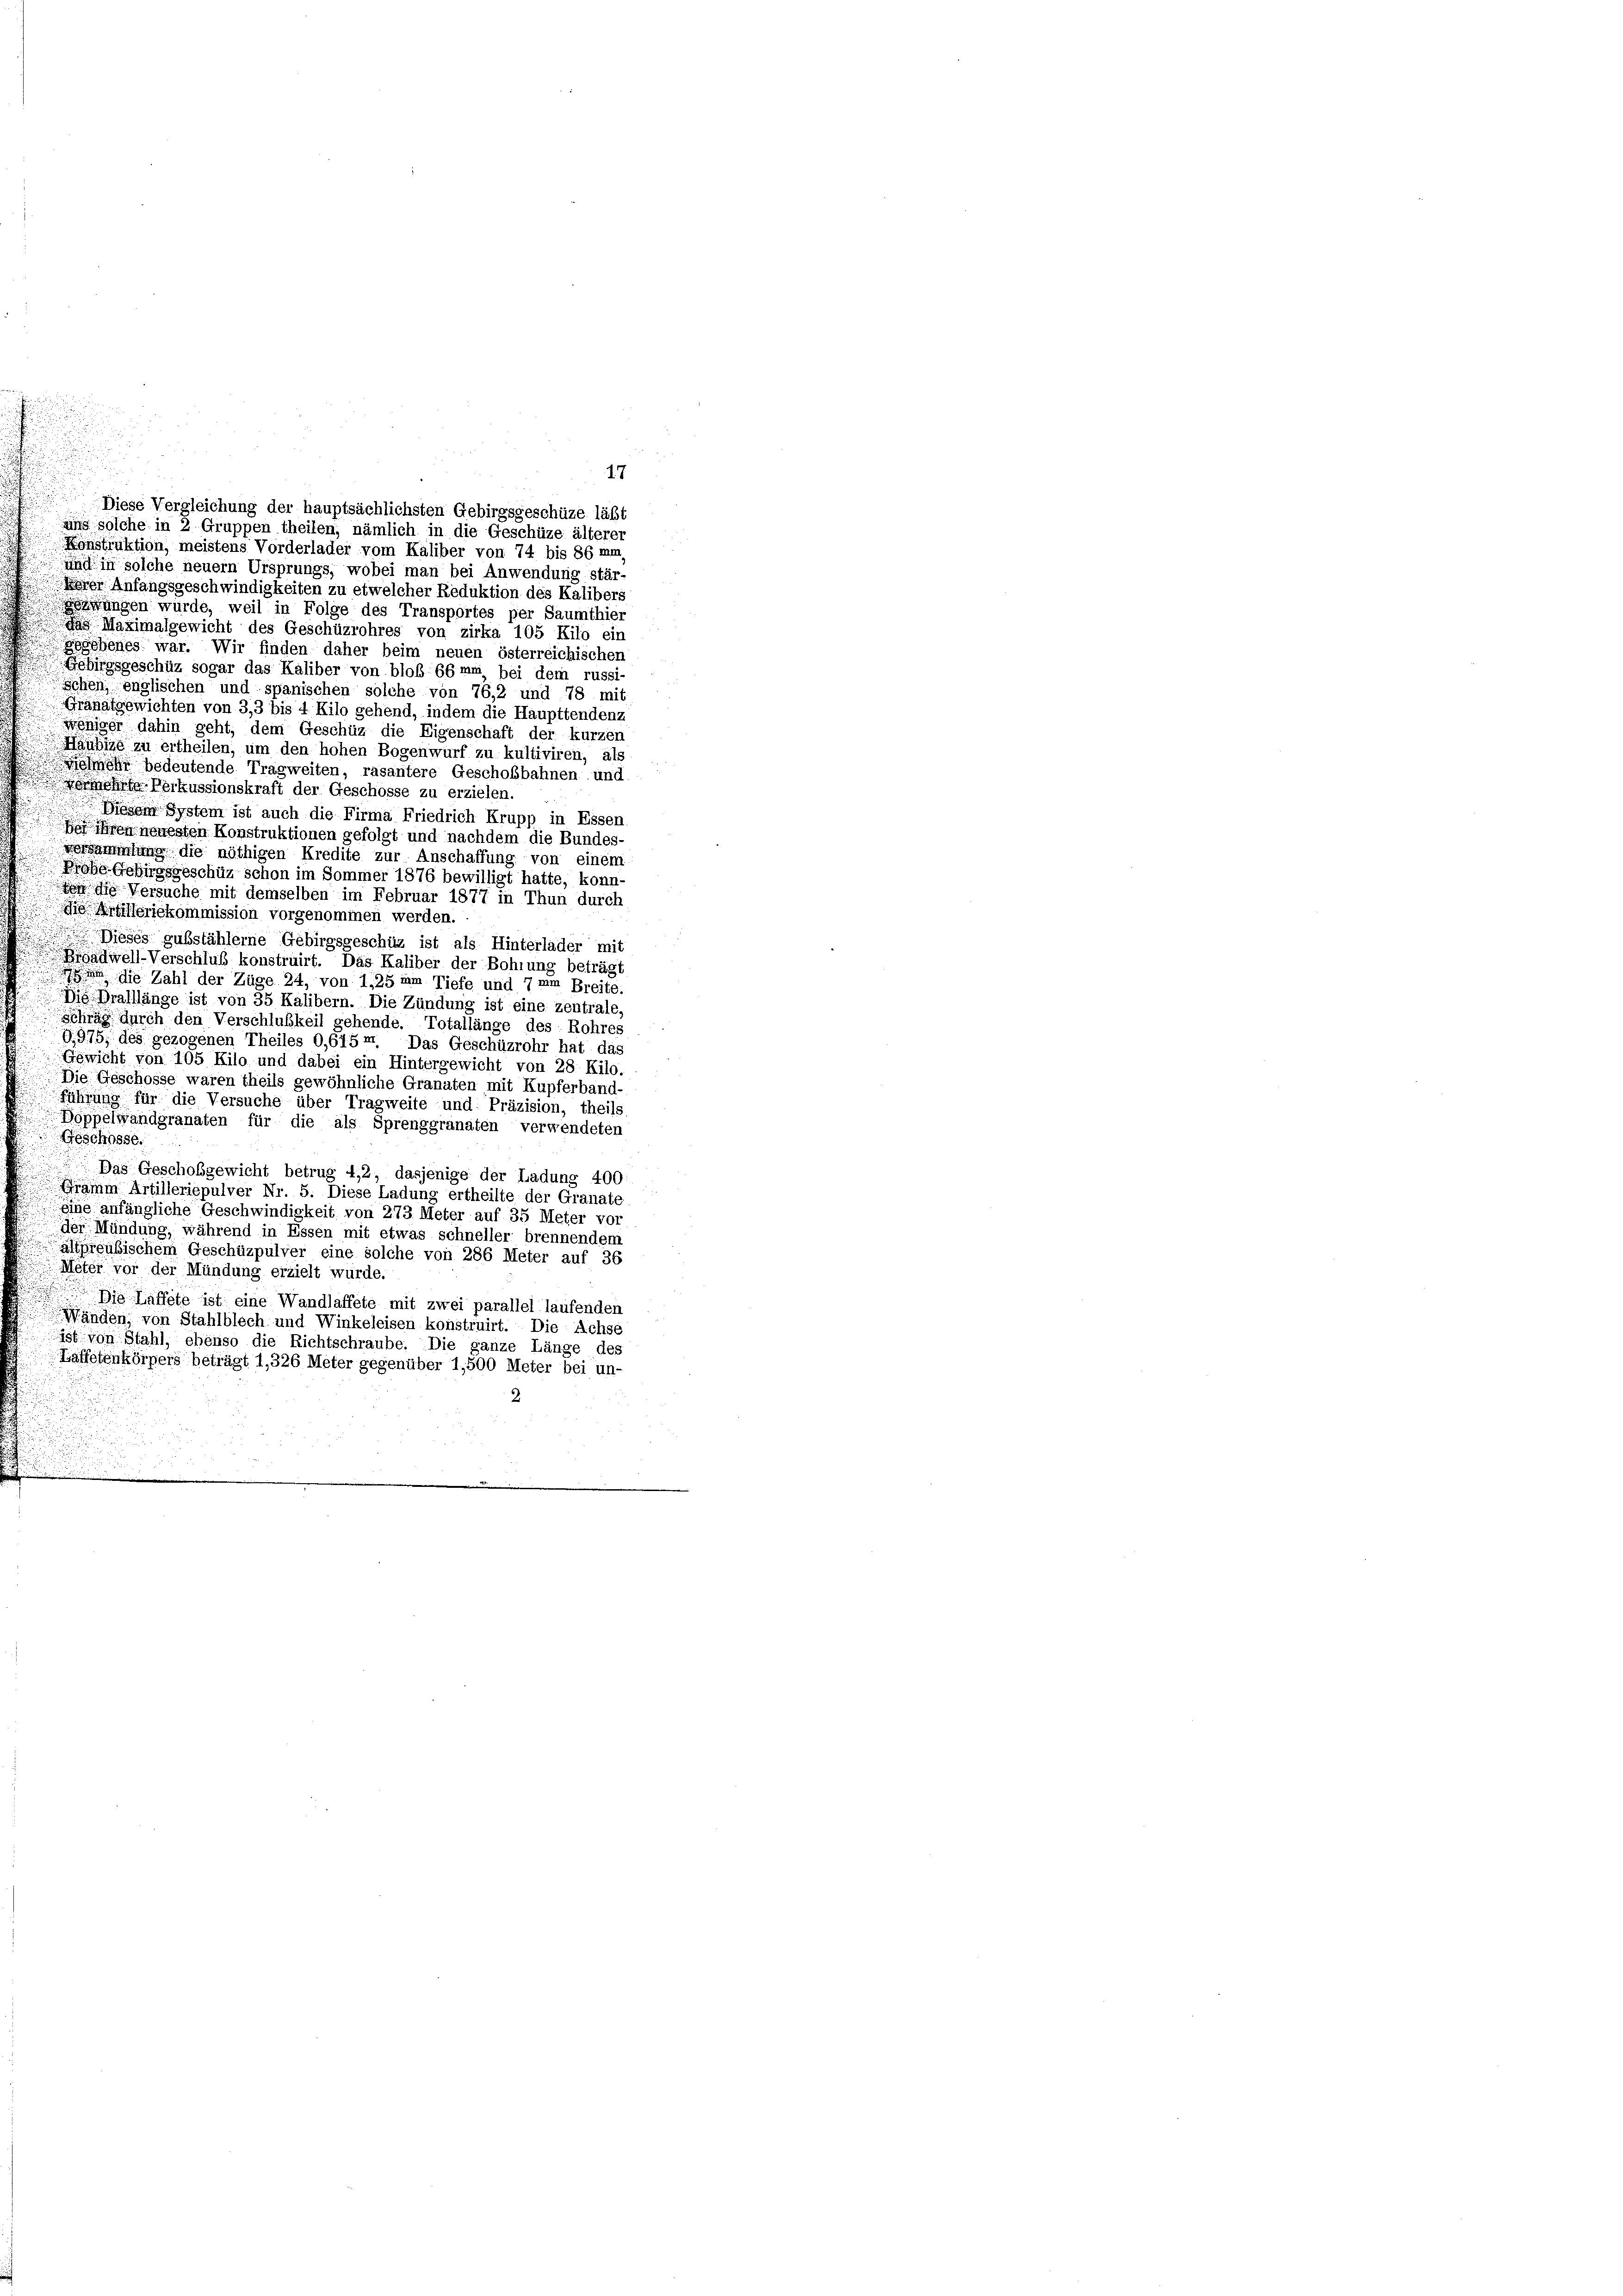
Konstruktion, meistens Vorderlader vom Käliber von 74 bis 86 mm
und in solche neuern Ursprungs, wobei man bei Anwendung stär-
Perer Anfangsgeschwindigkeiten zu etwelcher Reduktion des Kalibers
wangen wurde, weil in Folge des Transportes per Saumthier
das Maximalgewicht des Geschüzrohres von zirka 105 Kilo ein
gegebenes war. Wir finden daher beim neuen österreichischen
Gebirgsgeschüz sogar das Kaliber von bloß 66mm bei dem russi-
Schen, englischen und spanischen solche von 76,2 und 78 mit
Gräpatgewichten von 3,3 bis 4 Kilo gehend, indem die Haupttendenz
weniger dahin geht, dem Geschüz die Eigenschaft der kurzer
Häubige zu ertheilen, um den hohen Bogenwurf zu kultiviren, als
elmehr bedeutende Tragweiten, rasantere Geschobbahnen und
d
Verehrte Perkussionskraft der Geschosse zu erzielen.
Diesem System ist auch die Firma Friedrich Krupp in Essen
e on neuesten Konstruktionen gefolgt und nachdem die Bundes-
versammlung die nöthigen Kredite zur Anschaffung von einem
Probe Gebirgsgeschüz schon im Sommer 1876 bewilligt hatte, konn-
von die Versuche mit demselben im Februar 1877 in Thun durch
ie Artilleriekommission vorgenommen werden.
Dieses gubstählerne Gebirgsgeschüz ist als Hinterlader mit
Radwell-Verschluß konstruirt. Das Kaliber der Bohlung beträgt
 die Zahl der Züge 24, von 1,25 am Tiefe und 7 um Breite.
 Die Grafllänge ist von 35 Kalibern. Die Zündung ist eine zentrale
Schräg durch den Verschlußkeil gehende. Totallänge des Rohres
G.975, des gezogenen Theiles 0,615 m. Das Geschüzrohr hat das
Gewicht von 105 Kilo und dabei ein Hintergewicht von 28 Kilo.
Die Geschosse waren theils gewöhnliche Granaten mit Kupferband-
führung für die Versuche über Tragweite und Präzision, theile
Boppelwandgranaten für die als Sprenggranaten verwendeten
Geschosse
Das Geschobgewicht betrug 4,2, dasjenige der Ladung 400
Gramm Artilleriepulver Nr. 5. Diese Ladung ertheilte der Granate
eine anfängliche Geschwindigkeit von 273 Meter auf 35 Meter vor
der Mündung, während in Essen mit etwas schneller brennendem
altpreußischem Geschüzpulver eine solche von 286 Meter auf 36
Meter vor der Mündung erzielt würde.
Die Laffete ist eine Wandlaffete mit zwei parallel laufenden
Wänden, von Stahlblech und Winkeleisen konstruirt. Die Achse
Ist von Stahl, ebenso die Richtschraube. Die ganze Länge des
Laffetenkörpers beträgt 1,326 Meter gegenüber 1,500 Meter bei un-
2

17
Diese Vergleichung der hauptsächlichsten Gebirgsgeschüze läßt
uns solche in 2 Gruppen theilen, nämlich in die Geschüze älterer